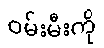
ဝမ်းမီးကို